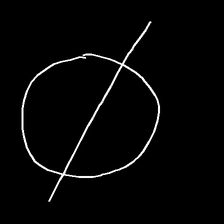
Glyph: orb